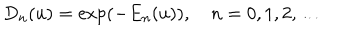
D _ { n } ( u ) = \exp ( - E _ { n } ( u ) ) , \quad n = 0 , 1 , 2 , \ldots